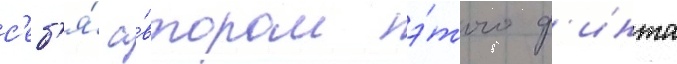
с'еб'я́ а́втором э́того ф'инта